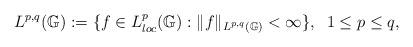
LaTeX: \begin{align*}L^{p,q}(\mathbb{G}):=\{f\in L^{p}_{loc}(\mathbb{G}):\|f\|_{L^{p,q}(\mathbb{G})}<\infty\}, \;\;1\leq p \leq q, \end{align*}